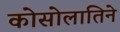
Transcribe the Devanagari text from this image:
कोसोलातिने